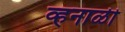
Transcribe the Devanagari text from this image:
व्हनाळी